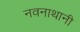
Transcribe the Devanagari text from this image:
नवनाथानी